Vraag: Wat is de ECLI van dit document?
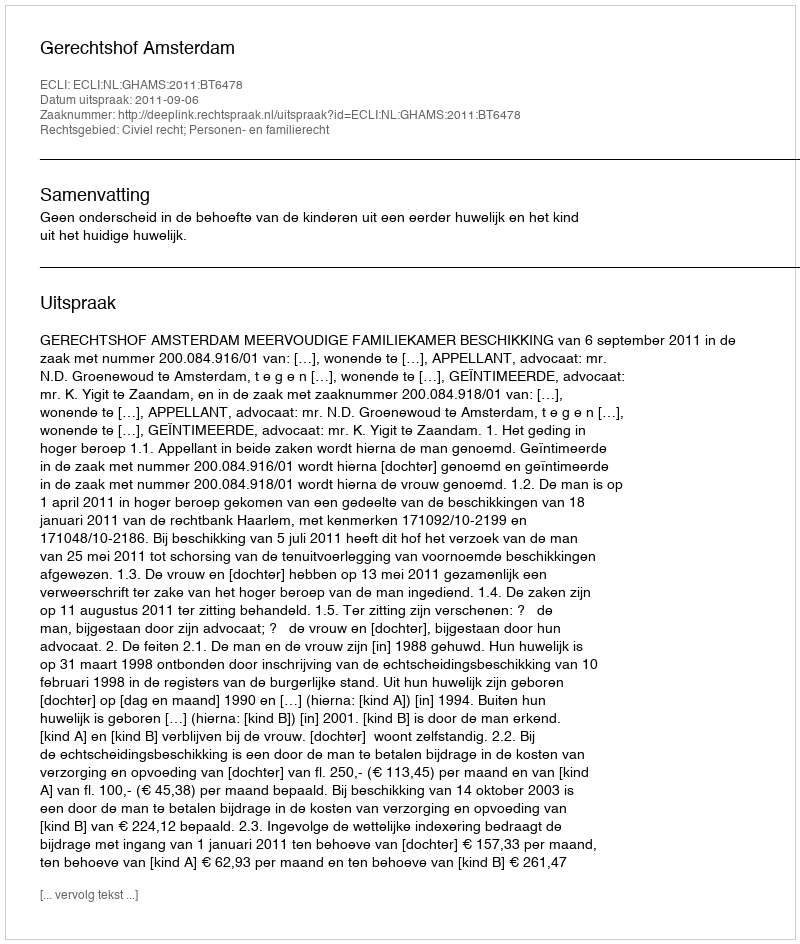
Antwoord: ECLI:NL:GHAMS:2011:BT6478